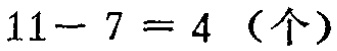
\(11 - 7 = 4 \text{（个）}\)